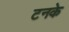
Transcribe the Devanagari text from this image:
टनके